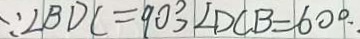
\because \angle B D C = 9 0 ^ { \circ } , \angle D C B = 6 0 ^ { \circ } .